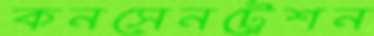
কনসেনট্রেশন